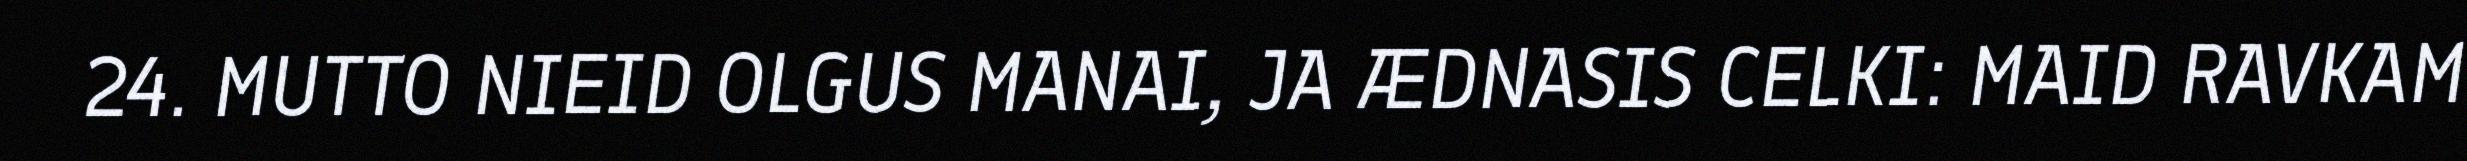
24. MUTTO NIEID OLGUS MANAI, JA ÆDNASIS CELKI: MAID RAVKAM